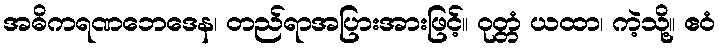
အဓိကရဏဘေဒေန၊ တည်ရာအပြားအားဖြင့်။ ဝုတ္တံ ယထာ၊ ကဲ့သို့။ ဧဝံ